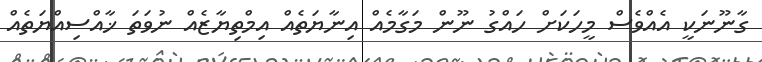
ގާނޫނަކީ އެއްވެސް މީހަކަށް ހައްގު ނޫން މަގާމެއް އިނާޔަތެއް އިމްތިޔާޒެއް ނުވަތަ ޚާއްސިއްޔަތެއް